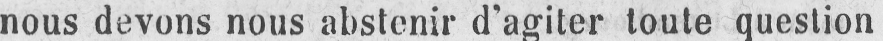
nous devons nous abstenir d’agiter toute question